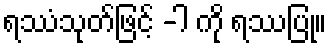
ရဿံသုတ်ဖြင့် -ါ ကို ရဿပြု။